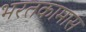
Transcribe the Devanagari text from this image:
भरतकामास